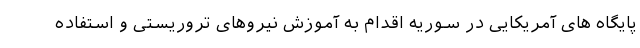
پایگاه های آمریکایی در سوریه اقدام به آموزش نیروهای تروریستی و استفاده